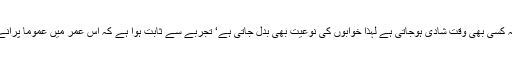
پچیس سے تیس سال کی عمر میں چونکہ کسی بھی وقت شادی ہوجاتی ہے لہذا خوابوں کی نوعیت بھی بدل جاتی ہے‘ تجربے سے ثابت ہوا ہے کہ اس عمر میں عموماً پرانے خواب ہی دوبارہ ٹیلی کاسٹ ہوتے ہیں۔